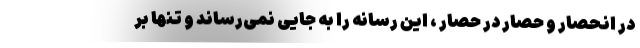
در انحصار و حصار در حصار ، این رسانه را به جایی نمی‌رساند و تنها بر